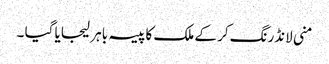
منی لانڈرنگ کر کے ملک کا پیسہ باہر لیجایا گیا ۔